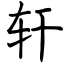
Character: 轩